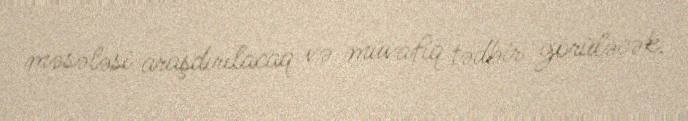
məsələsi araşdırılacaq və müvafiq tədbir görüləcək.